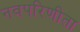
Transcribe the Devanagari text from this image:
नवपरिणीता